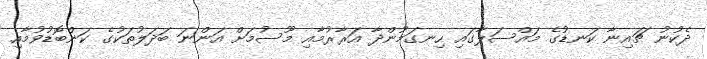
ދެކުނު ޗައިނާ ކަނޑުގެ މައްސަލާގައި ހިނގަމުންދާ އަރާރުމާއި މޫސުމަށް އަންނަ ބަދަލުތަކުގެ ކަންބޮޑުވުމާއި